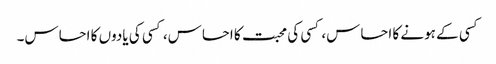
کسی کے ہونے کا احساس، کسی کی محبت کا احساس، کسی کی یادوں کا احساس۔